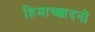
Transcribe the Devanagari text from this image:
हिमाच्छादनों